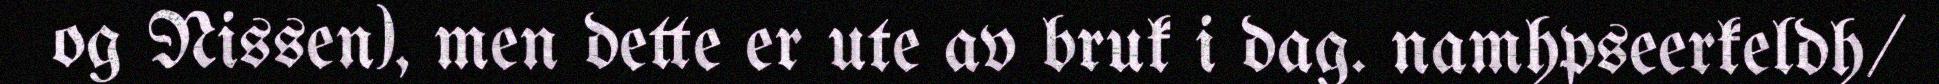
og Nissen), men dette er ute av bruk i dag. namhpseerkeldh/